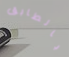
بالطابق